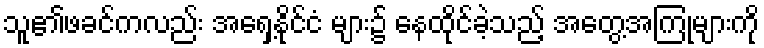
သူ၏ဖခင်ကလည်း အရှေ့နိုင်ငံ များ၌ နေထိုင်ခဲ့သည့် အတွေ့အကြုံများကို